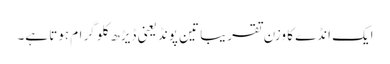
ایک انڈے کا وزن تقریبا تین پونڈ یعنی ڈیڑھ کلو گرام ہوتا ہے۔